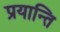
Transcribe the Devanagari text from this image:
प्रयान्ति